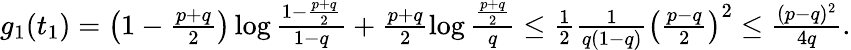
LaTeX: \begin{array}{r}{g_{1}(t_{1})=\left(1-\frac{p+q}{2}\right)\log\frac{1-\frac{p+q}{2}}{1-q}+\frac{p+q}{2}\log\frac{\frac{p+q}{2}}{q}\leq\frac{1}{2}\frac{1}{q(1-q)}\left(\frac{p-q}{2}\right)^{2}\leq\frac{(p-q)^{2}}{4q}.}\end{array}